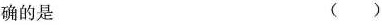
确的是()